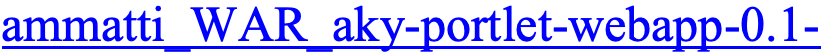
ammatti_WAR_aky-portlet-webapp-0.1-